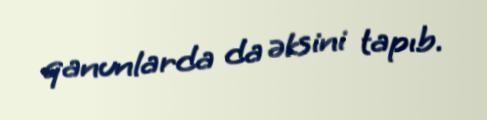
qanunlarda da əksini tapıb.